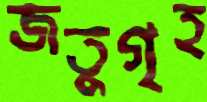
জতুগৃহ